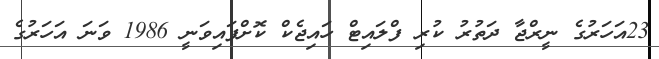
23އަހަރުގެ ނީރްޖާ ދަތުރު ކުރި ފްލައިޓް ހައިޖެކް ކޮށްފައިވަނީ 1986 ވަނަ އަހަރުގެ